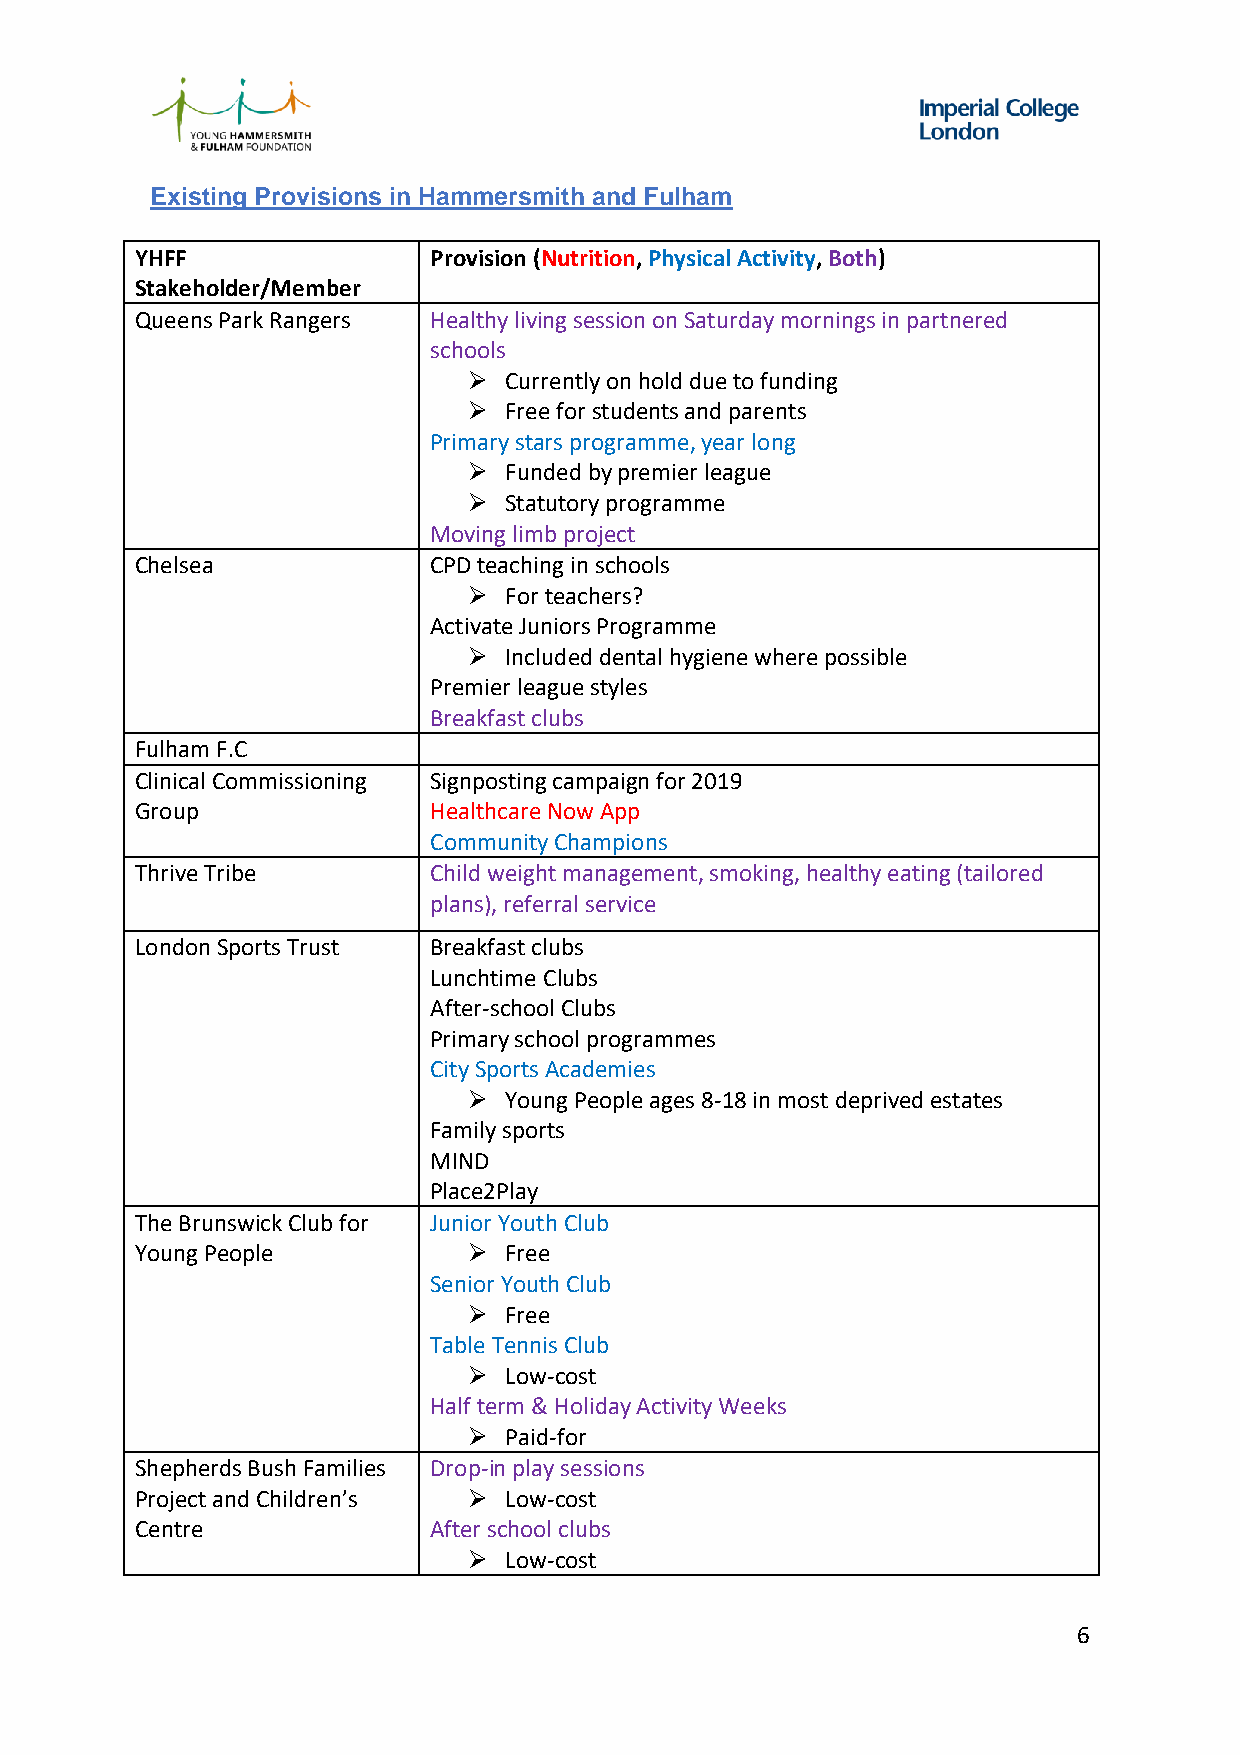
Existing Provisions in Hammersmith and Fulham
 YHFF               Provision (Nutrition, Physical Activity, Both)
 Stakeholder/Member
 Queens Park Rangers Healthy living session on Saturday mornings in partnered
 schools
  Currently on hold due to funding
  Free for students and parents
 Primary stars programme, year long
  Funded by premier league
  Statutory programme
 Moving limb project
 Chelsea            CPD teaching in schools
  For teachers?
 Activate Juniors Programme
  Included dental hygiene where possible
 Premier league styles
 Breakfast clubs
 Fulham F.C
 Clinical Commissioning Signposting campaign for 2019
 Group              Healthcare Now App
 Community Champions
 Thrive Tribe      Child weight management, smoking, healthy eating (tailored
 plans), referral service
 London Sports Trust  Breakfast clubs
  Lunchtime Clubs
  After-school Clubs
  Primary school programmes
  City Sports Academies
  Young People ages 8-18 in most deprived estates
  Family sports
  MIND
  Place2Play
 The Brunswick Club for  Junior Youth Club
 Young People           Free
  Senior Youth Club
  Free
  Table Tennis Club
  Low-cost
  Half term & Holiday Activity Weeks
  Paid-for
 Shepherds Bush Families  Drop-in play sessions
 Project and Children’s  Low-cost
 Centre            After school clubs
  Low-cost
 6